Vaccination in the Punjab 1897-1904 - 1897-1904
Year: 1897
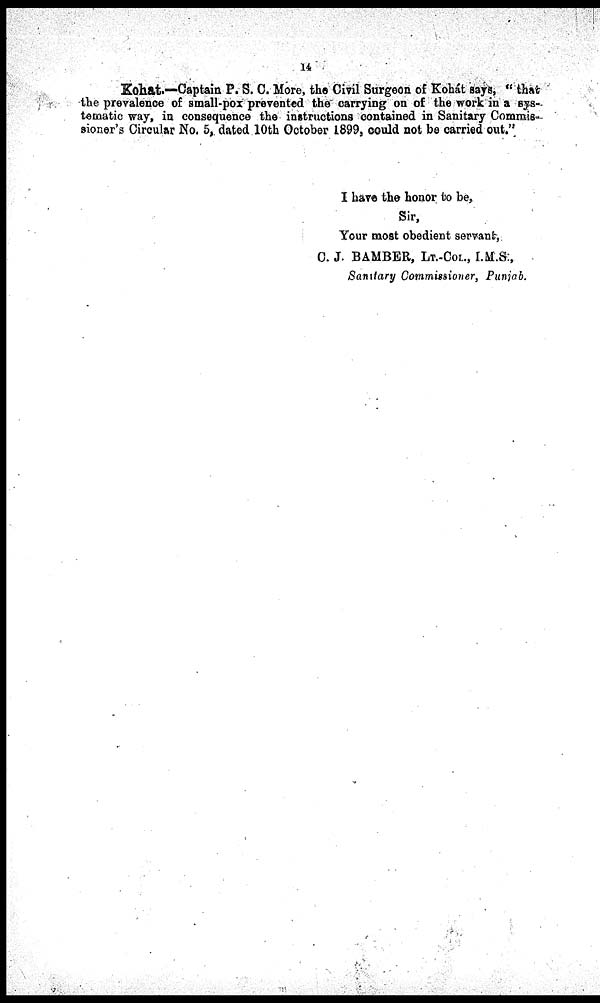
14
Kohat.—Captain P. S. C. More, the Civil Surgeon of Kohát says, " that
the prevalence of small-pox prevented the carrying on of the work in a sys-
tematic way, in consequence the instructions contained in Sanitary Commis-
sioner's Circular No. 5, dated 10th October 1899, could not be carried out."
I have the honor to be,
Sir,
Your most obedient servant,
C. J. BAMBER, LT.-COL., I.M.S.,
Sanitary Commissioner, Punjab.